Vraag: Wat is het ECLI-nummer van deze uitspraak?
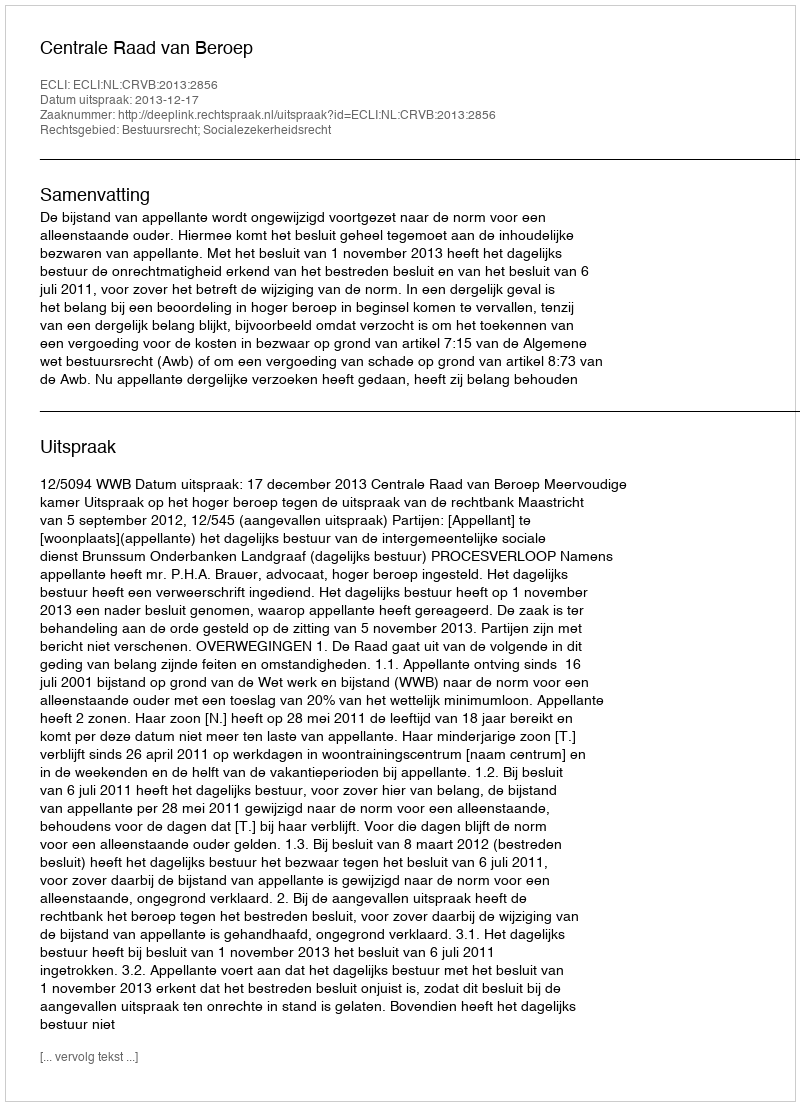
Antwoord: ECLI:NL:CRVB:2013:2856